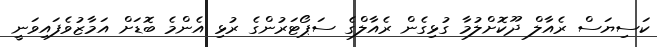
ކަސިޔަސް ރެއާލް ދޫކޮށްލުމާ ގުޅިގެން ރެއާލްގެ ސަޕޯޓަރުންގެ ރުޅި އެންމެ ބޮޑަށް އަމާޒުވެފައިވަނީ